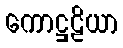
ကောဋ္ဌဠိယာ